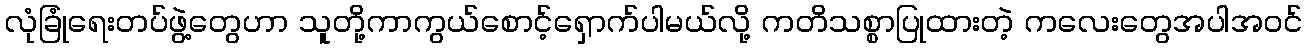
လုံခြုံရေးတပ်ဖွဲ့တွေဟာ သူတို့ကာကွယ်စောင့်ရှောက်ပါမယ်လို့ ကတိသစ္စာပြုထားတဲ့ ကလေးတွေအပါအဝင်